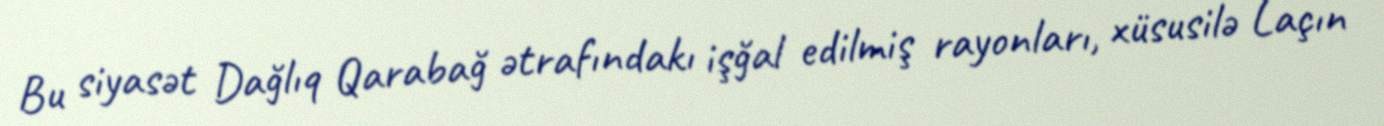
Bu siyasət Dağlıq Qarabağ ətrafındakı işğal edilmiş rayonları, xüsusilə Laçın